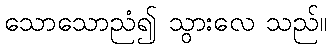
သောသောညံ၍ သွားလေ သည်။